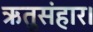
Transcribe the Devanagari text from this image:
ऋतुसंहार।